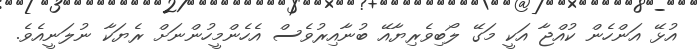
އުޅޭ އަންހެން ކުއްޖާ އަކީ މަގޭ ލޯބިވެރިޔާއޭ ބުނާއިރުވެސް އެހެންމީހުންނަށް ރެޔަކާ ނުލަނީއެވެ.